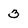
Character: 3